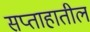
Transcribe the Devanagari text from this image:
सप्ताहातील